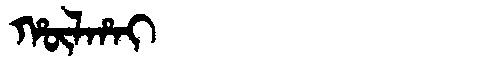
Manchu: ᡥᡡᠯᡥᠠᡳ
Romanization: HŪLHAI